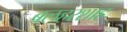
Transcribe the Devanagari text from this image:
बलहरशाह